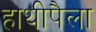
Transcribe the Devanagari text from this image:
हाथीपैला